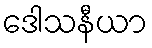
ဒေါသနီယာ